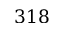
3 1 8